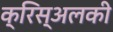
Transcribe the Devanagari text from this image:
क्रिस्अलकी